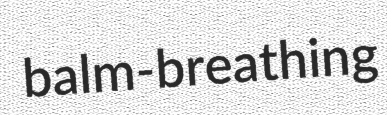
balm-breathing